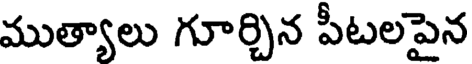
ముత్యాలు గూర్చిన పీటలపైన